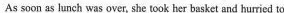
As soon as lunch was over, she took her besket and hurried to